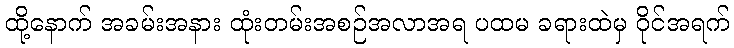
ထို့နောက် အခမ်းအနား ထုံးတမ်းအစဉ်အလာအရ ပထမ ခရားထဲမှ ဝိုင်အရက်